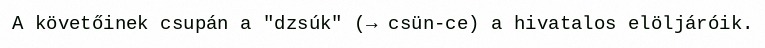
A követőinek csupán a "dzsúk" (→ csün-ce) a hivatalos elöljáróik.